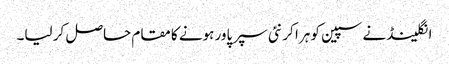
انگلینڈ نے سپین کو ہرا کر نئی سپر پاور ہونے کا مقام حاصل کر لیا۔